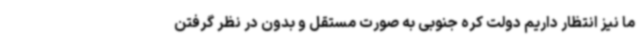
ما نیز انتظار داریم دولت کره جنوبی به صورت مستقل و بدون در نظر گرفتن